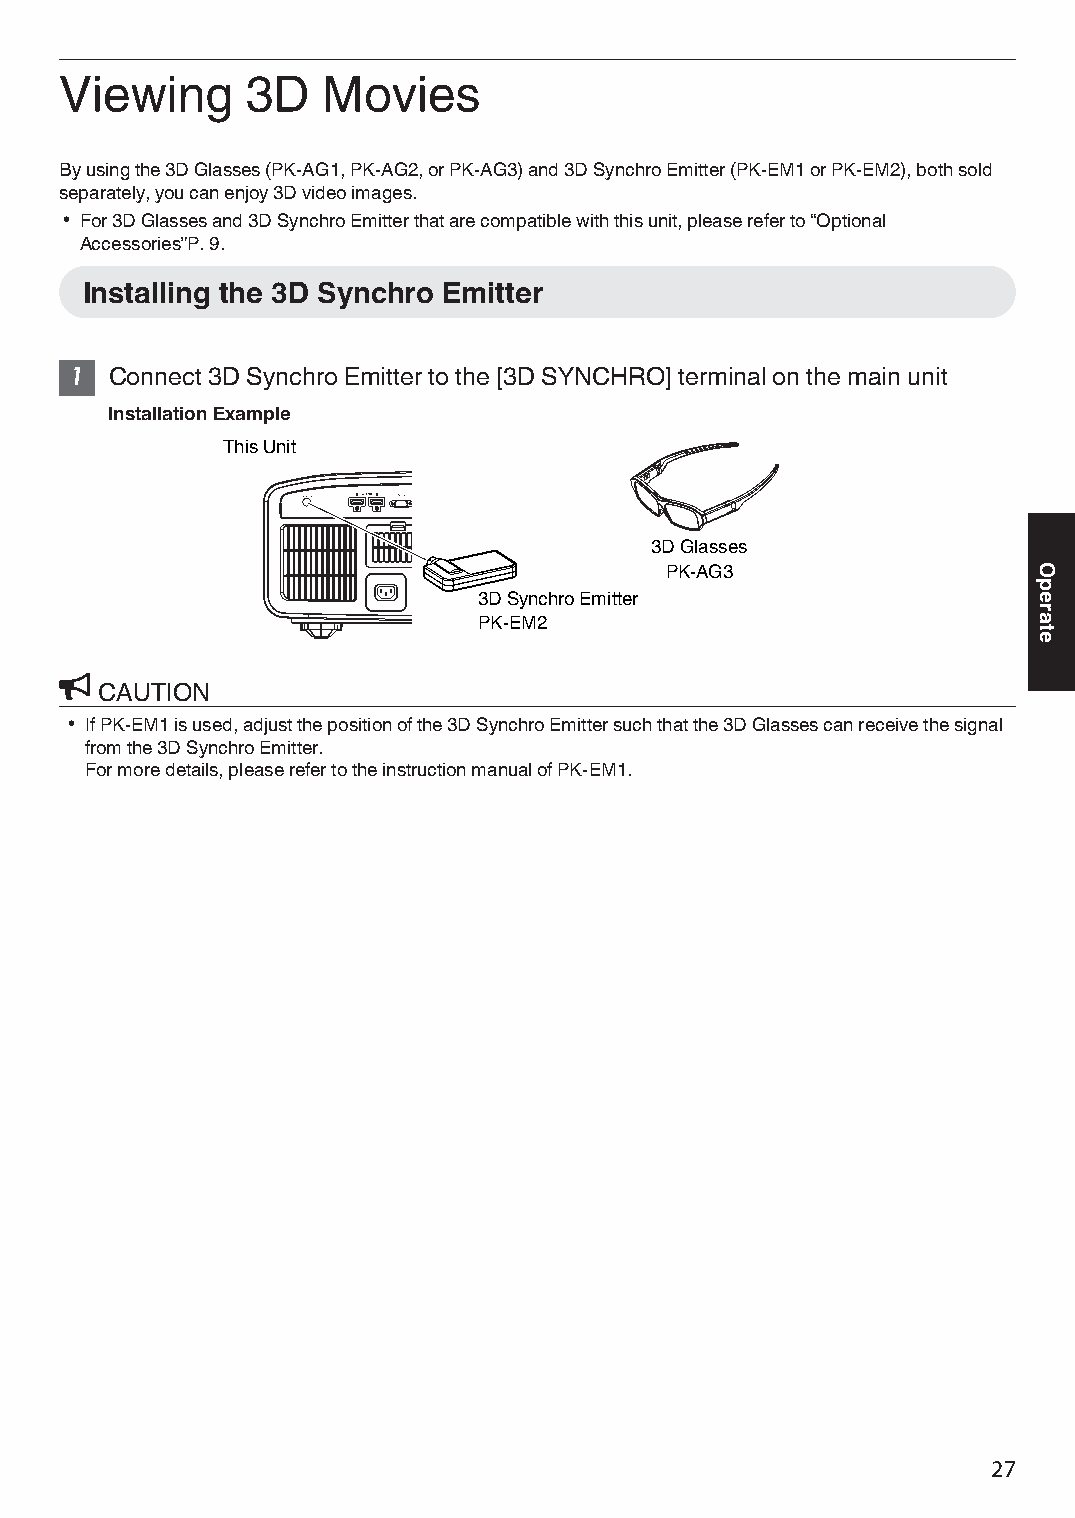
Viewing     3D   Movies
 By using the 3D Glasses (PK-AG1, PK-AG2, or PK-AG3) and 3D Synchro Emitter (PK-EM1 or PK-EM2), both sold
 separately, you can enjoy 3D video images.
 0 For 3D Glasses and 3D Synchro Emitter that are compatible with this unit, please refer to “Optional
 Accessories”P. 9.
 Installing the 3D Synchro Emitter
 1 Connect 3D Synchro Emitter to the [3D SYNCHRO] terminal on the main unit
 Installation Example
 This Unit
 3D Glasses
 PK-AG3
 3D Synchro Emitter
 PK-EM2
 CAUTION
 0 If PK-EM1 is used, adjust the position of the 3D Synchro Emitter such that the 3D Glasses can receive the signal
 from the 3D Synchro Emitter.
 For more details, please refer to the instruction manual of PK-EM1.
 27
 Operate